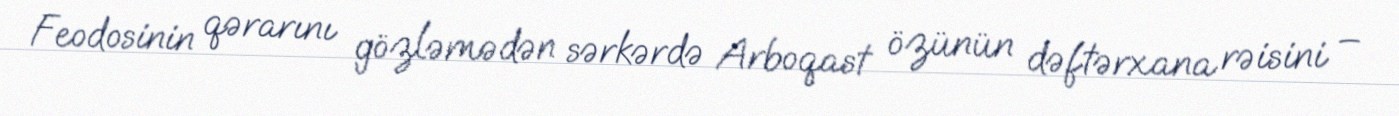
Feodosinin qərarını gözləmədən sərkərdə Arboqast özünün dəftərxana rəisini –